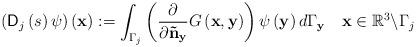
LaTeX: \begin{align*}\left( \mathsf{D}_{j}\left( s\right) \psi\right) \left( \mathbf{x}\right) :=\int_{\Gamma_{j}}\left( \frac{\partial}{\partial\mathbf{\tilde{n}}_{\mathbf{y}}}G\left( \mathbf{x},\mathbf{y}\right) \right) \psi\left(\mathbf{y}\right) d\Gamma_{\mathbf{y}}\quad\mathbf{x}\in\mathbb{R}^{3}\backslash\Gamma_{j}\end{align*}